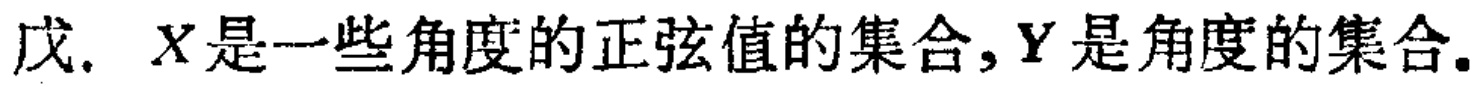
戊. \(X\)是一些角度的正弦值的集合, \(Y\)是角度的集合.